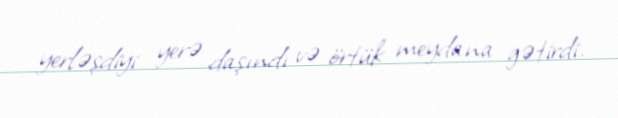
yerləşdiyi yerə daşındı və örtük meydana gətirdi.